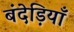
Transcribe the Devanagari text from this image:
बंदेड़ियाँ